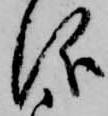
儀